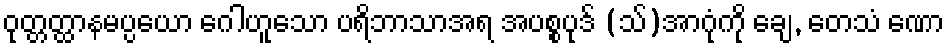
ဝုတ္တတ္ထာနမပ္ပယော ဂေါဟူသော ပရိဘာသာအရ အပစ္စပုဒ် (သ်)အာဂုံကို ချေ, တေသံ ဏော